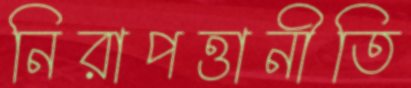
নিরাপত্তানীতি